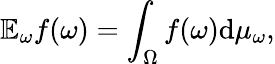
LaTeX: \mathbb{E}_{\omega}f(\omega)=\int_{\Omega}f(\omega)\mathrm{d}\mu_{\omega},